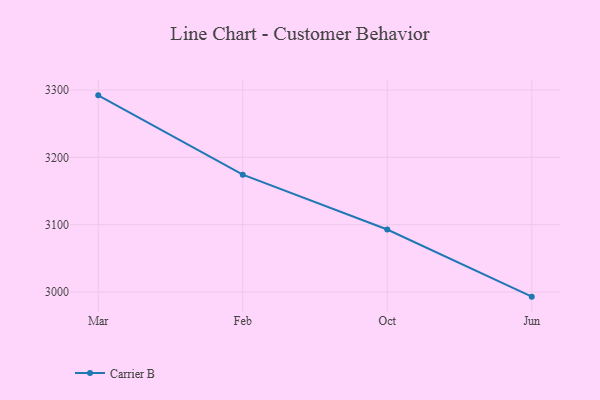
{"axis": {"x": "Month", "y": "Inventory Turnover"}, "legend": ["Carrier B"], "data": [{"x": "Mar", "y": 3292.2, "type": "Carrier B"}, {"x": "Feb", "y": 3174.4, "type": "Carrier B"}, {"x": "Oct", "y": 3092.9, "type": "Carrier B"}, {"x": "Jun", "y": 2993.1, "type": "Carrier B"}]}